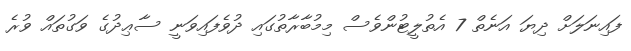
ފައިނަލަށް ދިޔަ އަނެތް 7 އެތުލީޓުންވެސް މިމުބާރާތުގައި ދުވެފައިވަނީ ސާޢިދުގެ ވަގުތައް ވުރެ